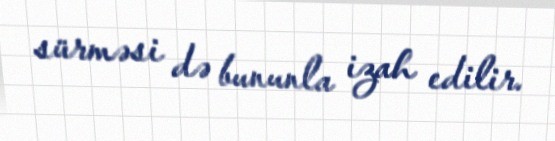
sürməsi də bununla izah edilir.